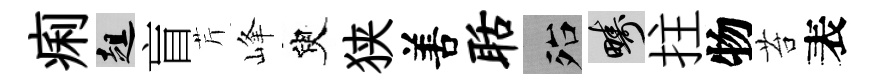
痢趄盲芹峰臾狭𠵊聒殆疇拄物苔表